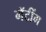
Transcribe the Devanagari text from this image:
गॅटींग